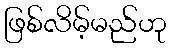
ဖြစ်လိမ့်မည်ဟု